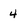
Character: 4